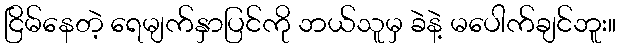
ငြိမ်နေတဲ့ ရေမျက်နှာပြင်ကို ဘယ်သူမှ ခဲနဲ့ မပေါက်ချင်ဘူး။